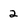
Character: 2